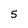
Character: 5